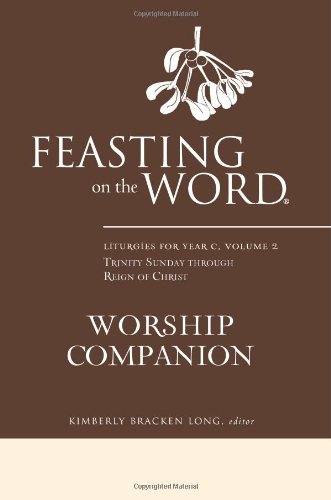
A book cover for Feasting on the Word Worship Companion: Liturgies for Year C, Volume 2: Trinity Sunday through Reign of Christ; Christian Books & Bibles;